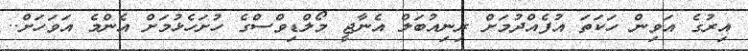
އިރުގެ އަވިން ހަކަތަ އުފެއްދުމަށް ރިނިއުބަލް އެނާޖީ މޯލްޑިވްސްގެ ހުށަހެޅުމަށް އެންމެ އަވަހަށް..